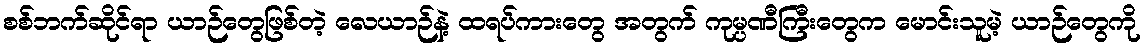
စစ်ဘက်ဆိုင်ရာ ယာဉ်တွေဖြစ်တဲ့ လေယာဉ်နဲ့ ထရပ်ကားတွေ အတွက် ကုမ္ပဏီကြီးတွေက မောင်းသူမဲ့ ယာဉ်တွေကို